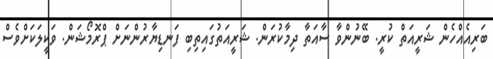
ބަރިއެއްހެން ޝަރީއަތް ކުރީ. ބޭނުންވާ ސާއަތާ ދިމާކުރަން. ޝަރީއަތުގައިތިބި ފަނޑިޔާރުންނަށް ޕްރޮމޯޝަން. ވަކީލަކަށްވެސް